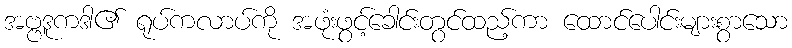
အဗ္ဗဒူကဒါ၏ ရုပ်ကလာပ်ကို အဖုံးဖွင့်ခေါင်းတွင်ထည့်ကာ ထောင်ပေါင်းများစွာသော